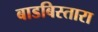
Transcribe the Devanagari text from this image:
बाडबिस्तारा